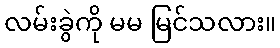
လမ်းခွဲကို မမ မြင်သလား။